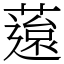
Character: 䕂